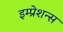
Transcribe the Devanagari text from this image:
इम्प्रेशन्स